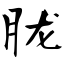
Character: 胧